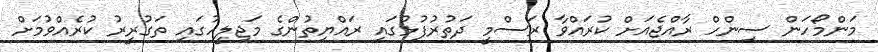
މަންމޯހަން ސިންހް ރާއްޖެއަށް ކުރައްވާ ރަސްމީ ދަތުރުފުޅުގައި ރައްޔިތުންގެ މަޖިލީހުގައި ތަގުރީރު ކުރެއްވުމަށް